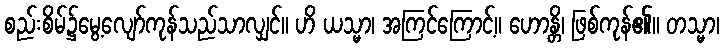
စည်းစိမ်၌မွေ့လျော်ကုန်သည်သာလျှင်။ ဟိ ယသ္မာ၊ အကြင်ကြောင့်။ ဟောန္တိ၊ ဖြစ်ကုန်၏။ တသ္မာ၊